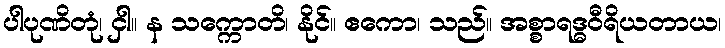
ပါပုဏိတုံ၊ ငှါ။ န သက္ကောတိ၊ နိုင်။ ဧကော၊ သည်။ အစ္စာရဒ္ဓဝီရိယတာယ၊